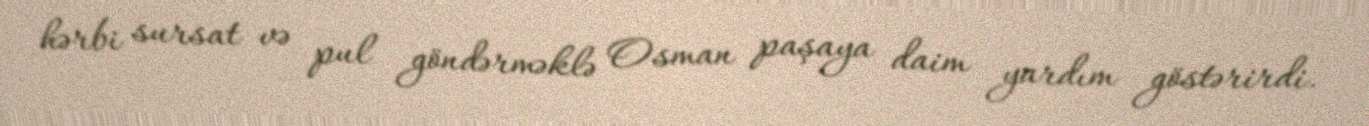
hərbi sursat və pul göndərməklə Osman paşaya daim yardım göstərirdi.